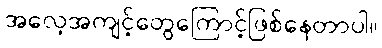
အလေ့အကျင့်တွေကြောင့်ဖြစ်နေတာပါ။